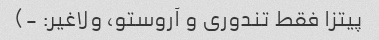
پیتزا فقط تندوری و آروستو، ولاغیر: -)